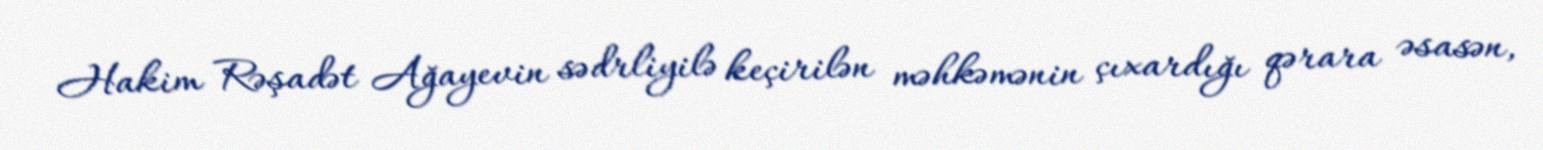
Hakim Rəşadət Ağayevin sədrliyilə keçirilən məhkəmənin çıxardığı qərara əsasən,